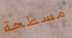
مسطحة